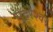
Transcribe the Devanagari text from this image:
सुंदरेश्‍वर